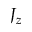
J _ { z }